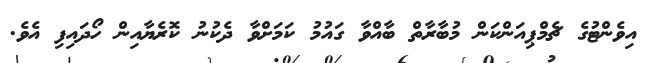
އިވެންޓުގެ ޗެމްޕިއަންކަން މުބާރާތް ބާއްވާ ގައުމު ކަމަށްވާ ދެކުނު ކޮރެޔާއިން ހޯދައިފި އެވެ.